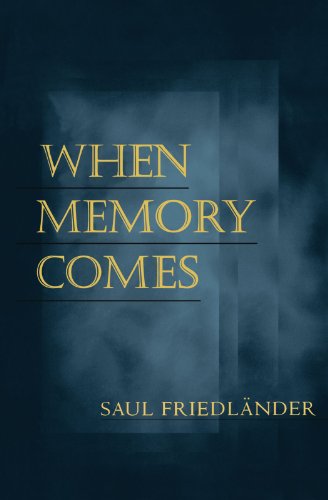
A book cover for When Memory Comes (George L. Mosse Series in Modern European Cultural and Intellectual History); Saul Friedlander; Biographies & Memoirs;